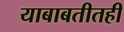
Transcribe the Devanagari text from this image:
याबाबतीतही